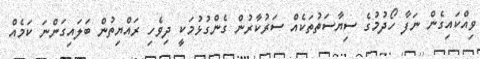
ވިއްކައިގެން ނަފާ ހޯދުމުގެ ސިޔާސަތުތަކެއް ސަރުކާރުން ގެންގުޅުމަކީ ދިވެހި ރައްޔިތުން ބަލައިގަންނަ ކަމެއް